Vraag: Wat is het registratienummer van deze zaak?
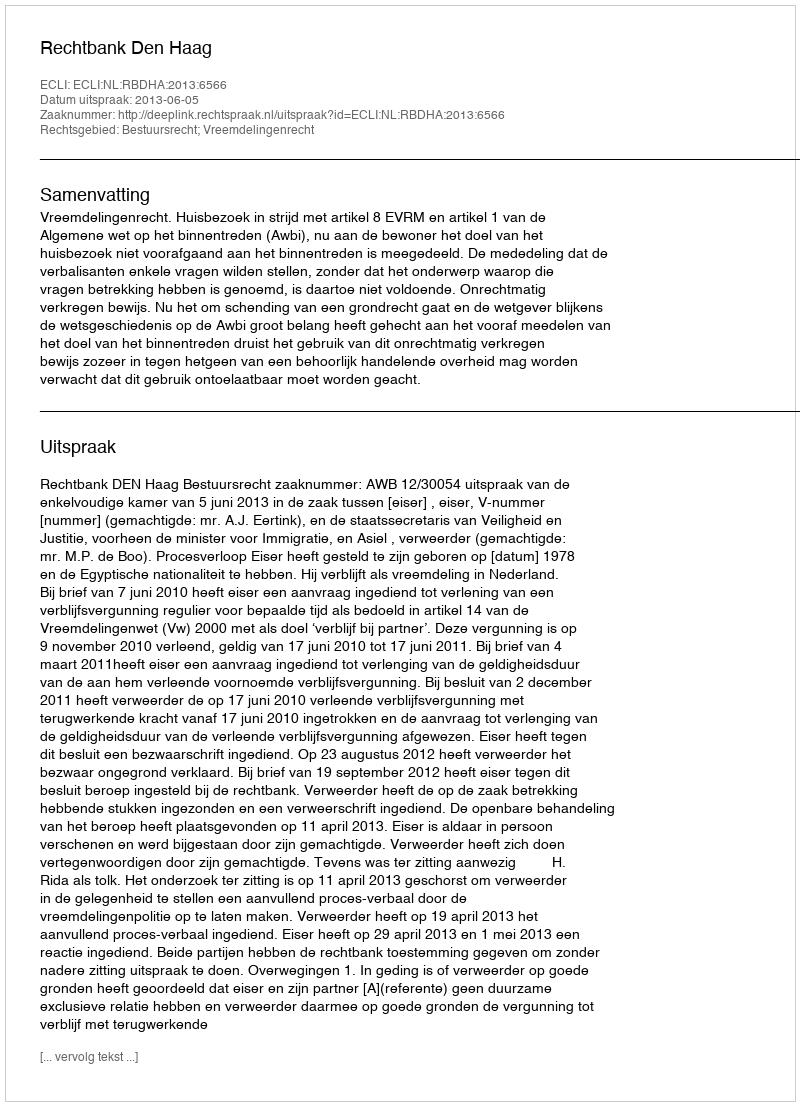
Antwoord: http://deeplink.rechtspraak.nl/uitspraak?id=ECLI:NL:RBDHA:2013:6566